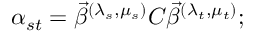
\alpha _ { s t } = \vec { \beta } ^ { ( \lambda _ { s } , \mu _ { s } ) } C \vec { \beta } ^ { ( \lambda _ { t } , \mu _ { t } ) } ;